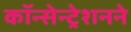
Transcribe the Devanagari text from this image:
कॉन्सेन्ट्रेशनने